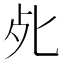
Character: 𭭾